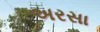
અરસા